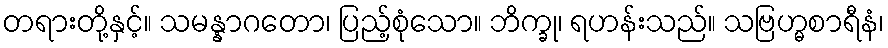
တရားတို့နှင့်။ သမန္နာဂတော၊ ပြည့်စုံသော။ ဘိက္ခု၊ ရဟန်းသည်။ သဗြဟ္မစာရီနံ၊